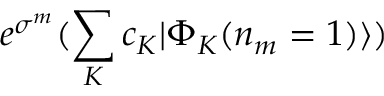
e ^ { \sigma ^ { m } } ( \sum _ { K } c _ { K } | \Phi _ { K } ( n _ { m } = 1 ) \rangle )